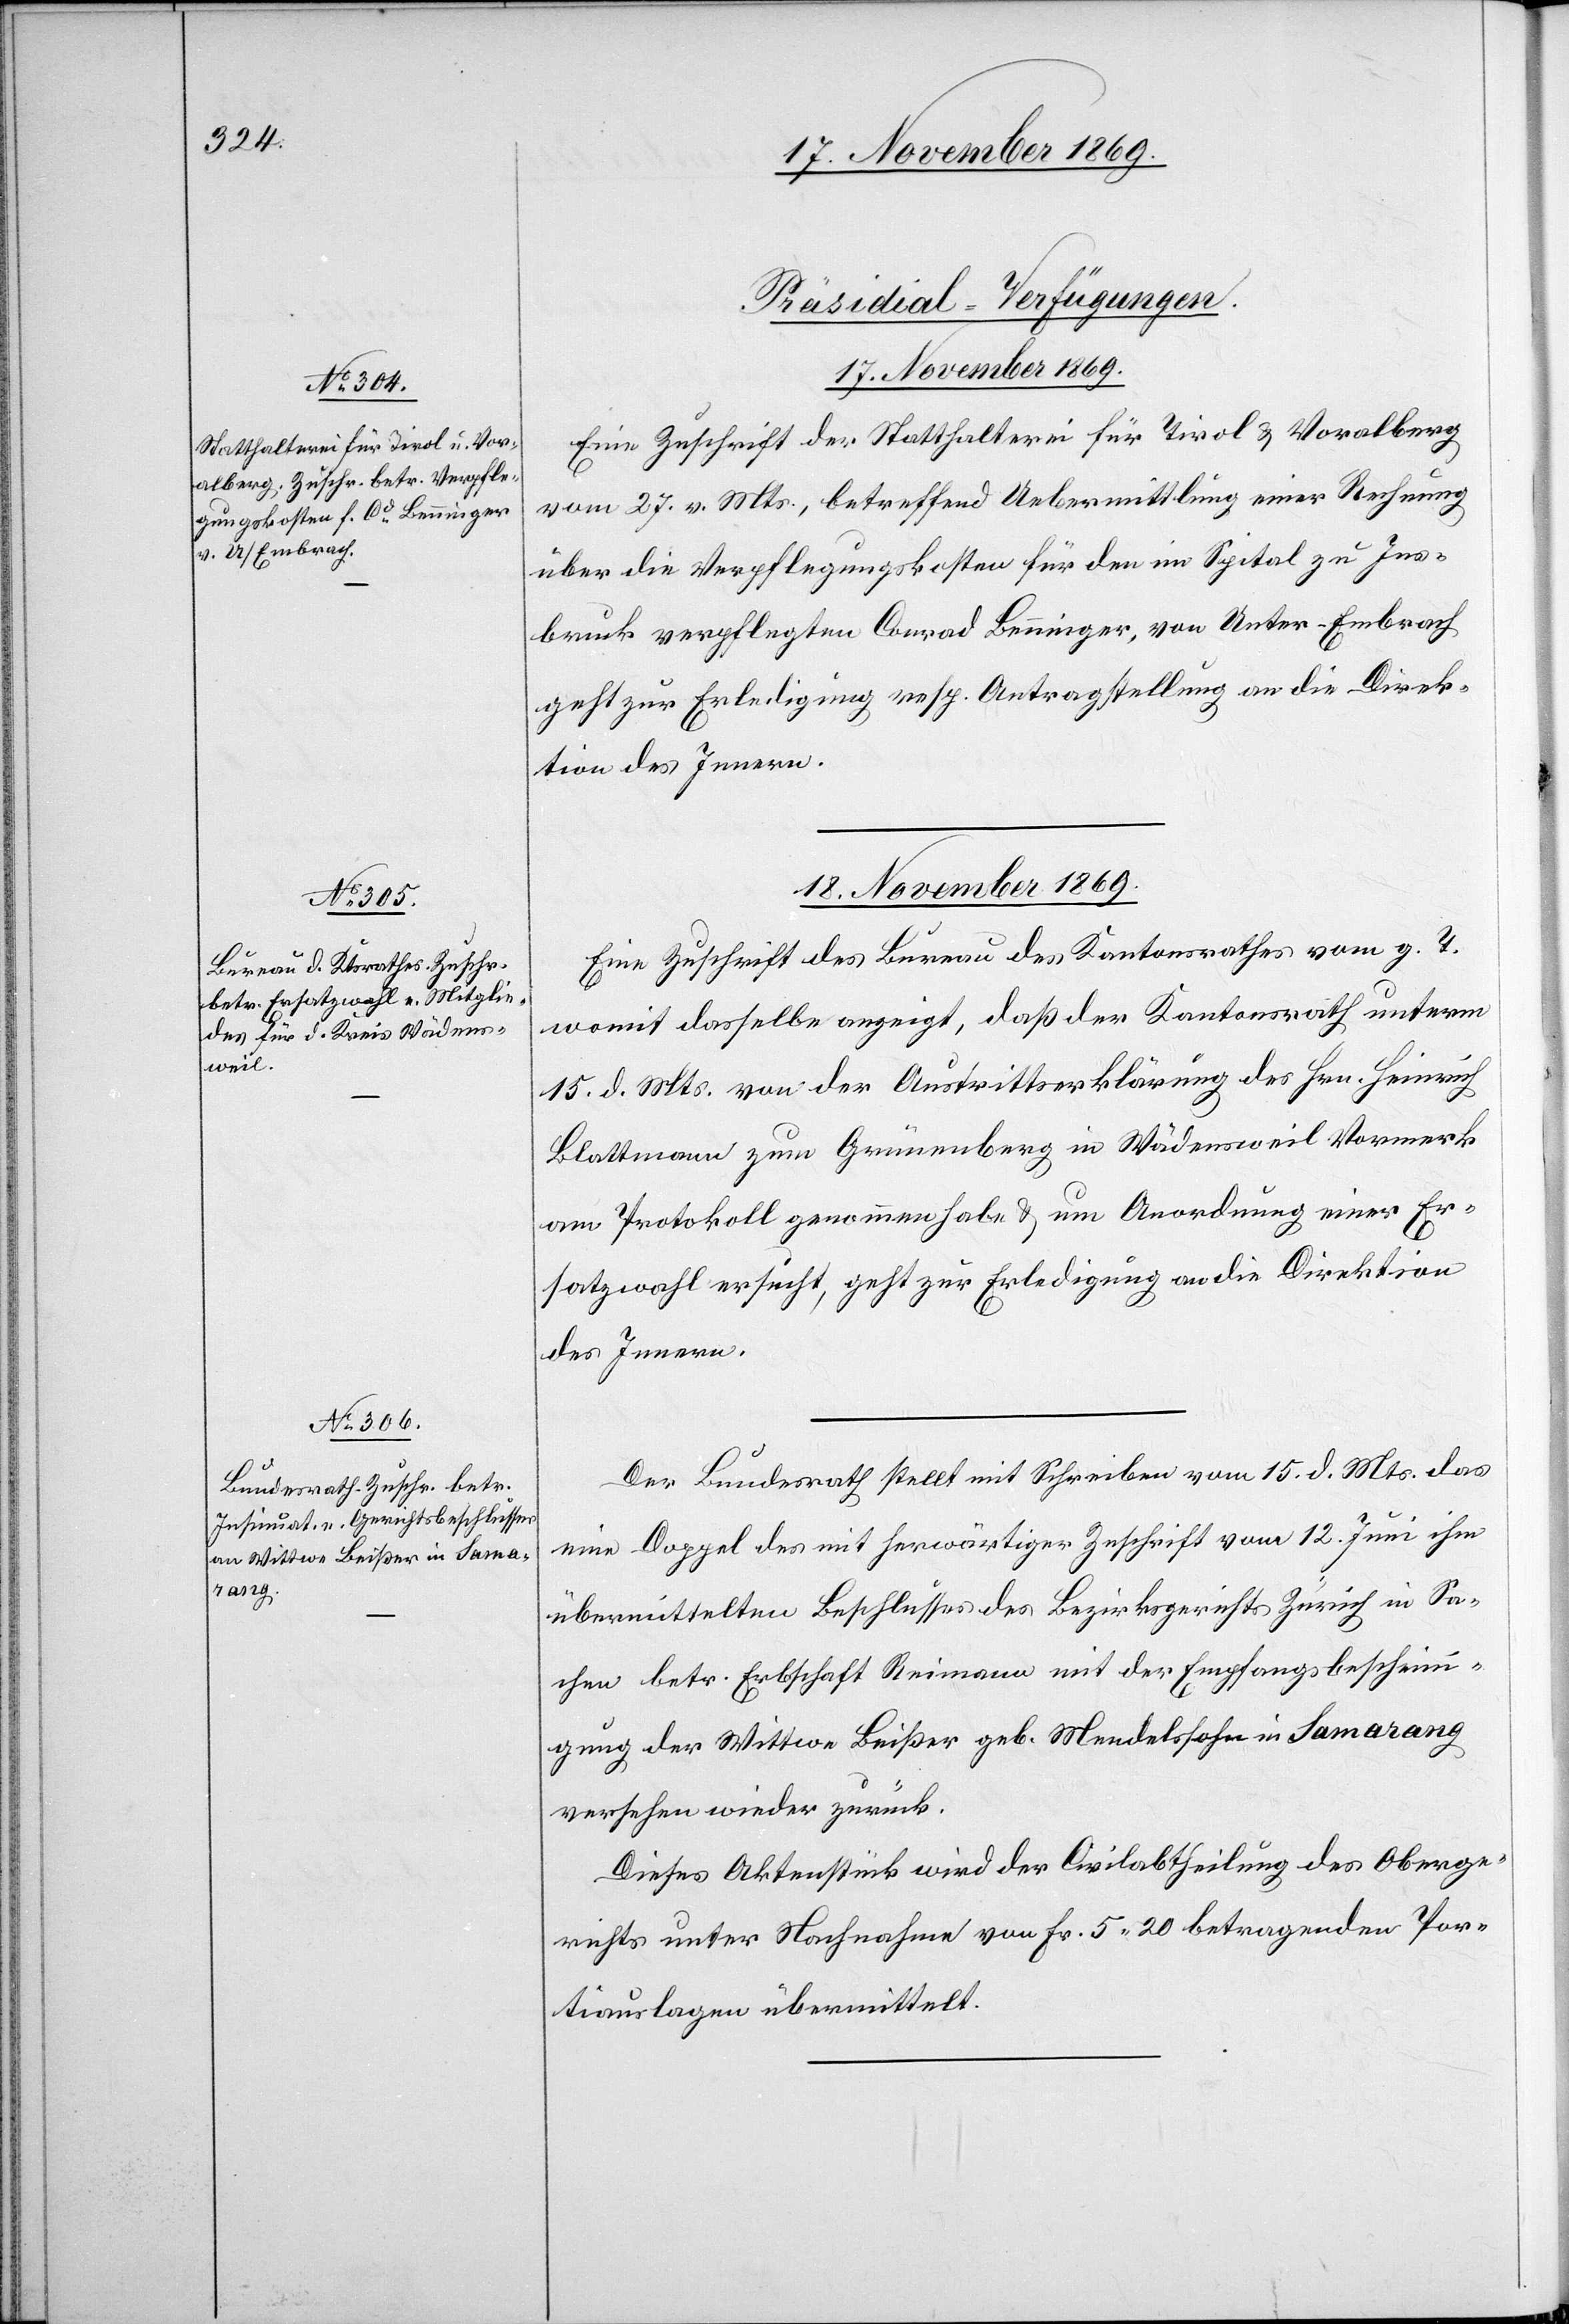
17. November 1869.
[Präsidial-Verfügungen.
Eine Zuschrift der Statthalterei für Tirol & Voralberg
vom 27. v. Mts., betreffend Uebermittlung einer Rechnung
über die Verpflegungskosten für den im Spital zu Ins¬
bruck verpflegten Conrad Benninger, von Unter-Embrach
geht zur Erledigung resp. Antragstellung an die Direk¬
tion des Innern.
18. November 1869.]
Eine Zuschrift des Bureau des Kantonsrathes vom g. T.
womit dasselbe anzeigt, daß der Kantonsrath unterm
15. d. Mts. von der Austrittserklärung des Hrn. Heinrich
Blattmann zum Grünenberg in Wädensweil Vormerk
am Protokoll genommen habe & um Anordnung einer Er¬
satzwahl ersucht, geht zur Erledigung an die Direktion
des Innern.
Der Bundesrath stellt mit Schreiben vom 15. d. Mts. das
eine Doppel des mit herwärtiger Zuschrift vom 12. Juni ihm
übermittelten Beschlusses des Bezirksgerichts Zürich in Sa¬
chen betr. Erbschaft Reimann mit der Empfangsbescheini¬
gung der Wittwe Beißer geb. Mendelssohn in Samarang
versehen wieder zurück.
Dieses Aktenstück wird der Civilabtheilung des Oberge¬
richts unter Nachnahme von Fr. 5.20 betragenden Por¬
tiauslagen übermittelt.